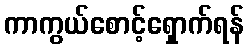
ကာကွယ်စောင့်ရှောက်ရန်